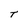
Character: t